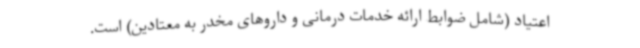
اعتیاد (شامل ضوابط ارائه خدمات درمانی و داروهای مخدر به معتادین) است.